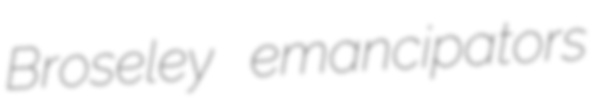
Broseley emancipators